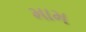
મામ